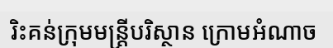
រិះគន់ក្រុមមន្ត្រីបរិស្ថាន ក្រោមអំណាច